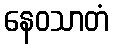
နေဝသာတံ